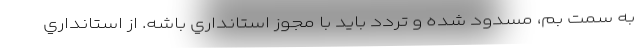
به سمت بم، مسدود شده و تردد بايد با مجوز استانداري باشه. از استانداري